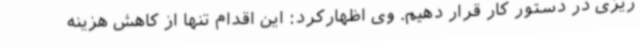
ریزی در دستور کار قرار دهیم. وی اظهارکرد: این اقدام تنها از کاهش هزینه